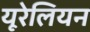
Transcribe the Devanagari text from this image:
यूरेलियन